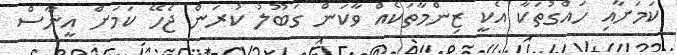
ކަމަށާއި ހައްގުތަކާ އެކީ ޒިންމާތަކެއް ވާކަން ގަބޫލު ކުރަން ޖެހޭ ކަމަށް އީނާސް